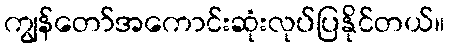
ကျွန်တော်အကောင်းဆုံးလုပ်ပြနိုင်တယ်။